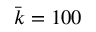
\bar { k } = 1 0 0